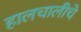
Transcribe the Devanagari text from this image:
हालचालीचे